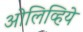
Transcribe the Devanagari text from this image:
ओलिव्हिये